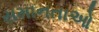
સમાનતાઓ